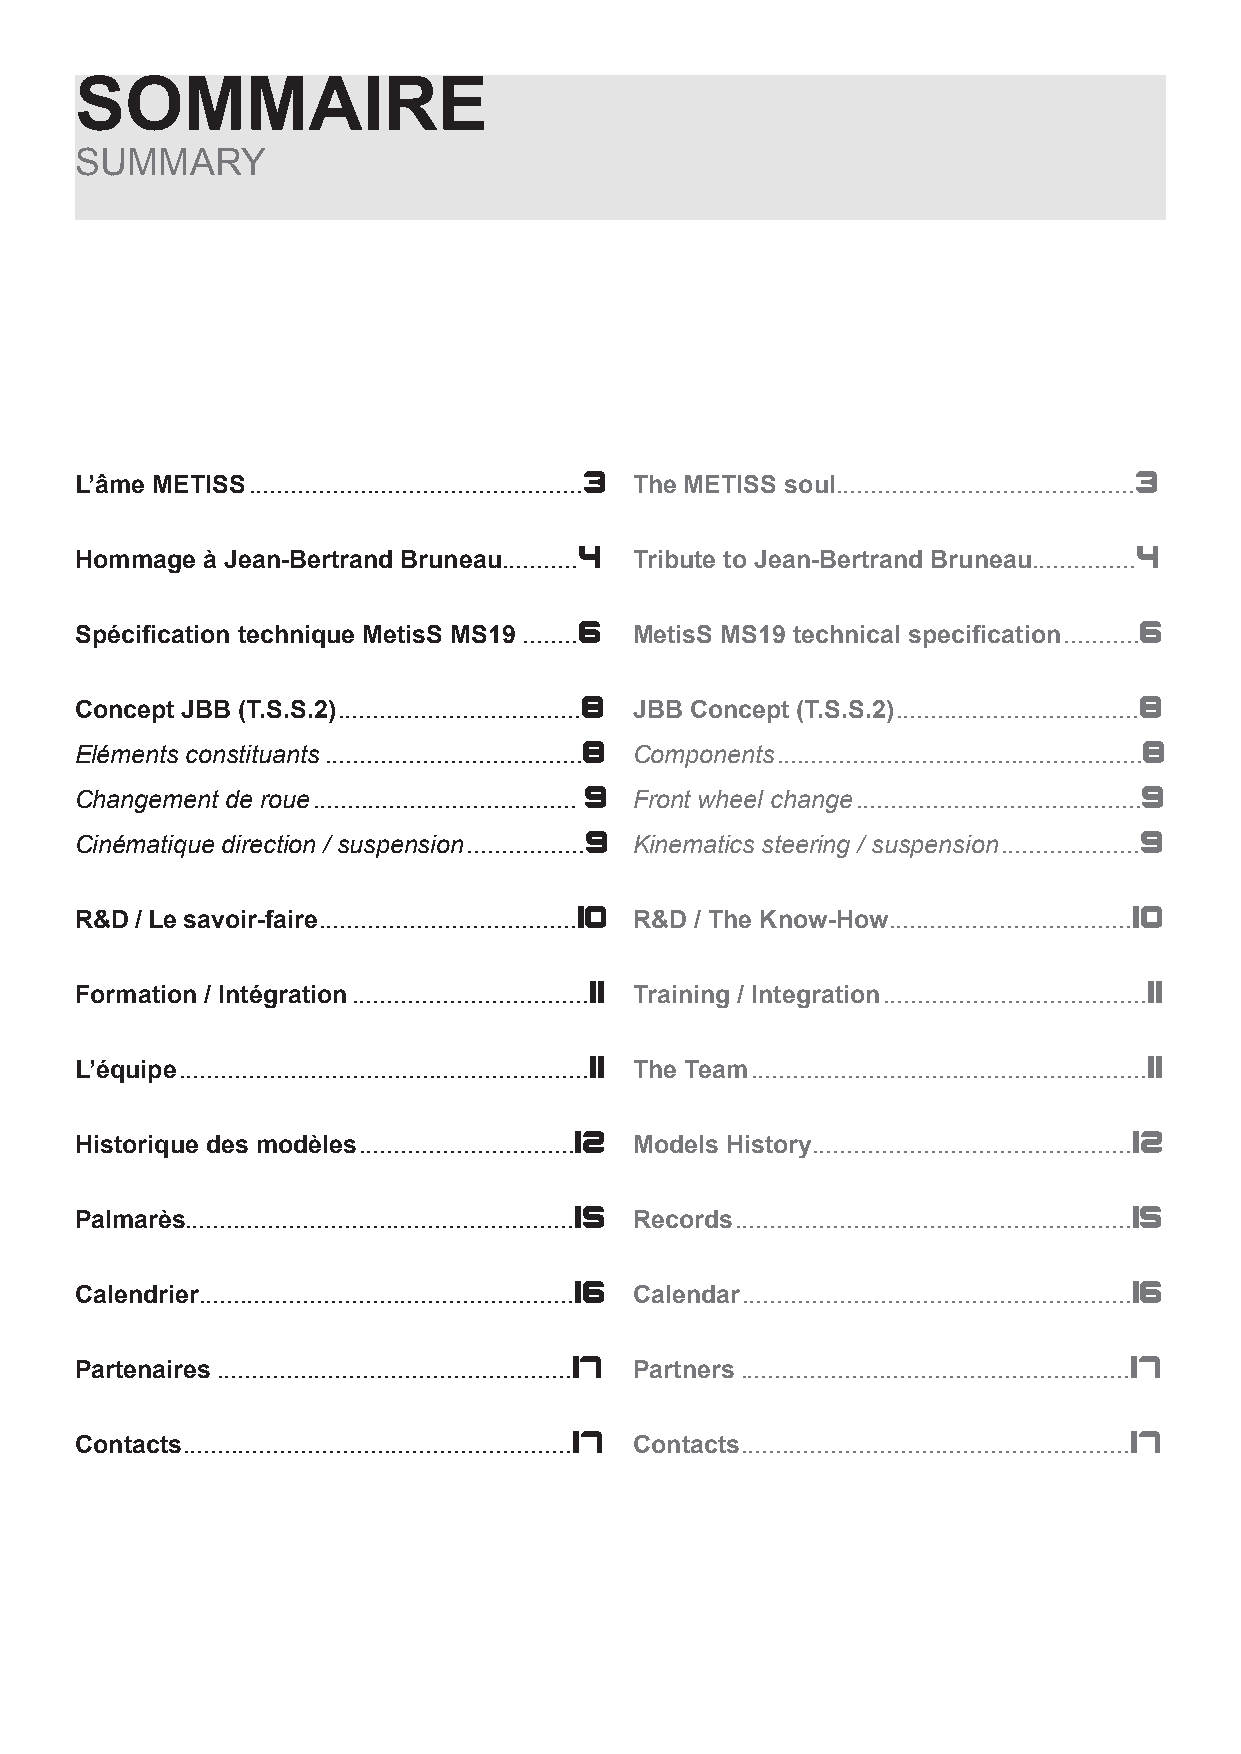
SOMMAIRE
 SUMMARY
 L’âme
 METISS................................................3
 The METISS
 soul...........................................3
 Hommage à Jean-Bertrand
 Bruneau...........4
 Tribute to Jean-Bertrand
 Bruneau...............4
 Spécification technique MetisS MS19
 ........6
 MetisS MS19 technical
 specification...........6
 Concept JBB
 (T.S.S.2)...................................8
 JBB Concept
 (T.S.S.2)...................................8
 Eléments constituants.....................................8 Components.....................................................8
 Changement de roue...................................... 9 Front wheel change.........................................9
 Cinématique direction / suspension.................9 Kinematics steering / suspension....................9
 R&D / Le
 savoir-faire.....................................10
 R&D / The
 Know-How...................................10
 Formation /
 Intégration..................................11
 Training /
 Integration......................................11
 L’équipe...........................................................11
 The
 Team.........................................................11
 Historique des
 modèles...............................12
 Models
 History..............................................12
 Palmarès........................................................15 Records.........................................................15
 Calendrier......................................................16 Calendar........................................................16
 Partenaires...................................................17 Partners........................................................17
 Contacts........................................................17 Contacts........................................................17